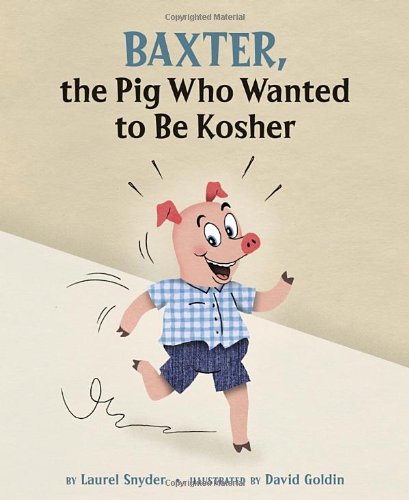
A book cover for Baxter, the Pig Who Wanted to Be Kosher; Laurel Snyder; Children's Books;